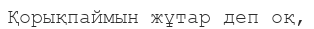
Қорықпаймын жұтар деп оқ,